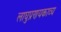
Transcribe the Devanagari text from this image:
लाघुप्रणयकाव्य